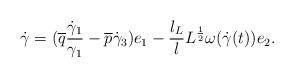
LaTeX: \begin{align*}\dot{\gamma}=(\overline{q}\frac{\dot{\gamma}_1}{\gamma_1}-\overline{p}\dot{\gamma}_3)e_1-\frac{l_L}{l}L^{\frac{1}{2}}\omega(\dot{\gamma}(t))e_2.\end{align*}